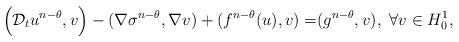
LaTeX: \begin{align*}\Big{(}\mathcal{D}_tu^{n-\theta},v\Big{)}-(\nabla \sigma^{n-\theta},\nabla v)+(f^{n-\theta}(u),v)=&(g^{n-\theta},v),~\forall v\in H_0^1,\end{align*}